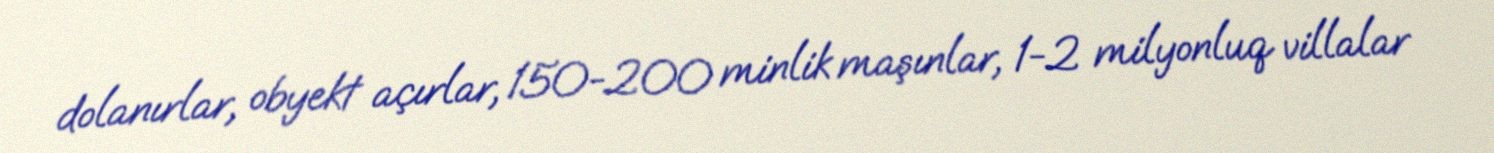
dolanırlar, obyekt açırlar, 150-200 minlik maşınlar, 1-2 milyonluq villalar